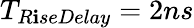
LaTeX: T_{R\mathbf{i}seDelay}=2ns